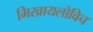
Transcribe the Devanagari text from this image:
मिखायलोविच